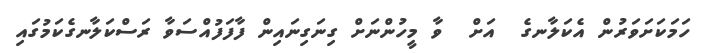
ހަމަކަށަވަރުން އެކަލާނގެ  އަށް  ވާ މީހުންނަށް ގިނަގިނައިން ފާފަފުއްސަވާ ރަސްކަލާނގެކަމުގައި